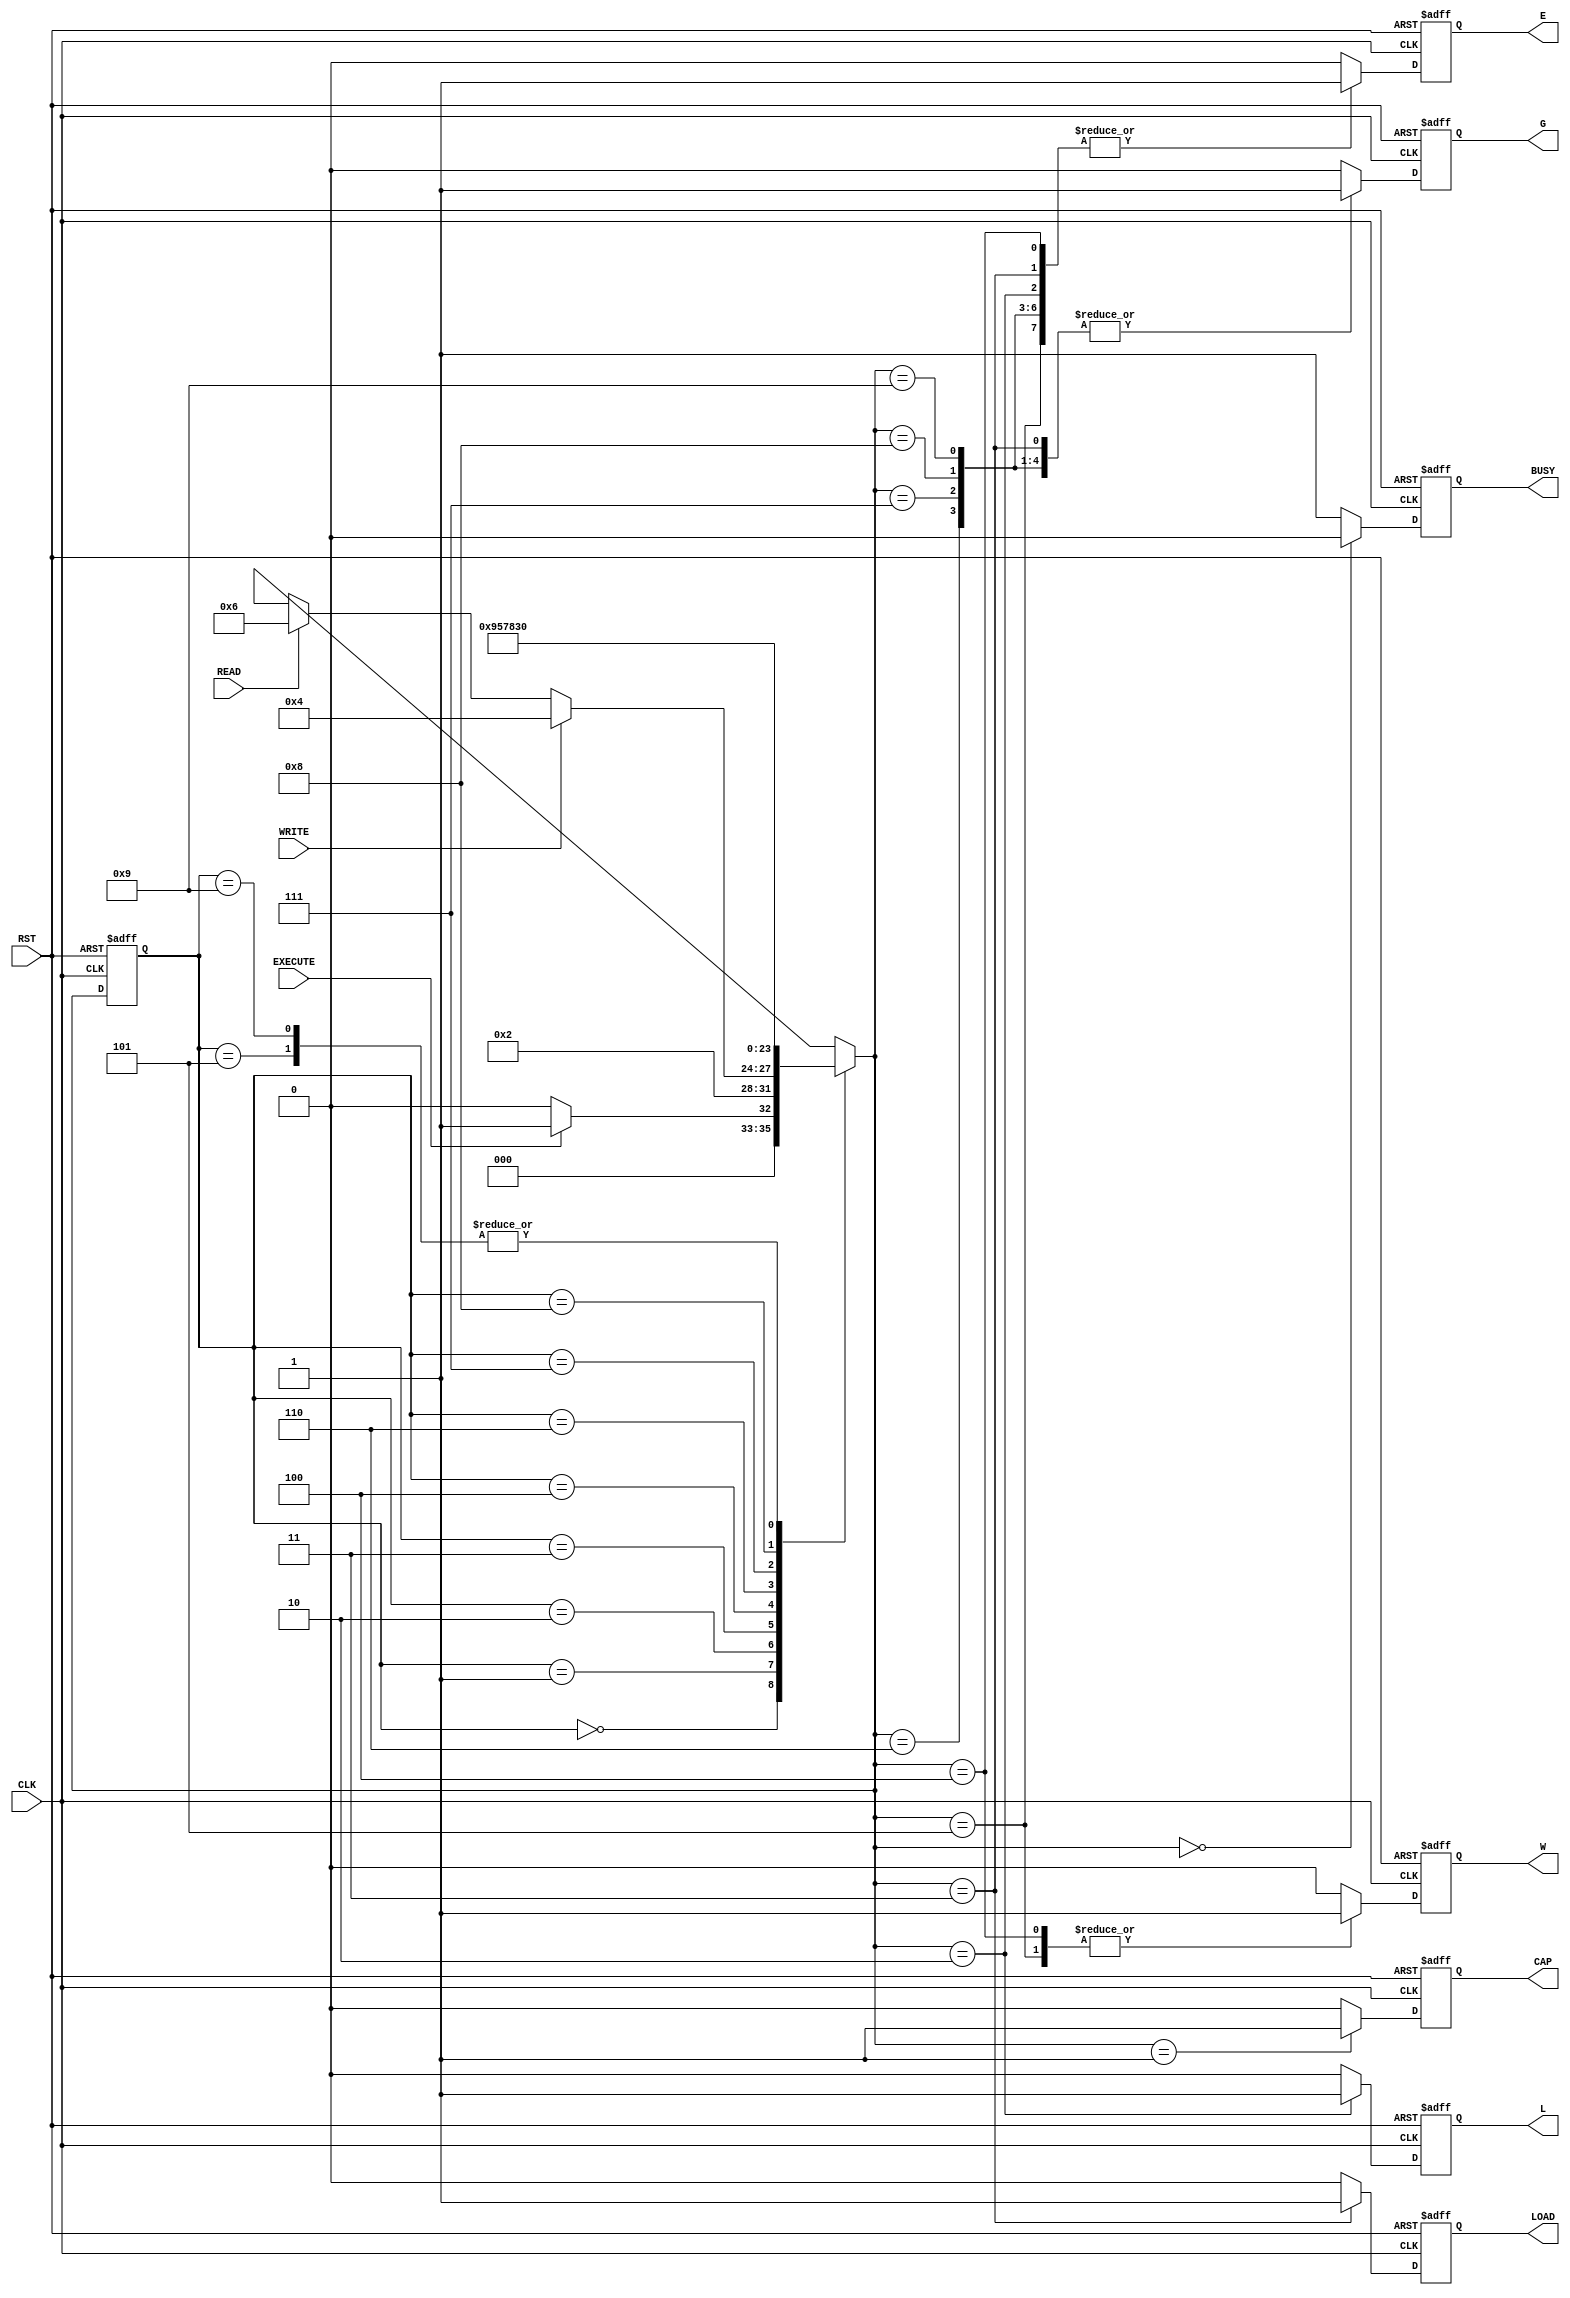

// Created by fizzim.pl version 4.41 on 2013:02:04 at 11:26:10 (www.fizzim.com)

module BPI_intrf_FSM (
  output reg BUSY,
  output reg CAP,
  output reg E,
  output reg G,
  output reg L,
  output reg LOAD,
  output reg W,
  input CLK,
  input EXECUTE,
  input READ,
  input RST,
  input WRITE 
);
  
  // state bits
  parameter 
  Standby    = 4'b0000, 
  Capture    = 4'b0001, 
  Latch_Addr = 4'b0010, 
  Load       = 4'b0011, 
  WE1        = 4'b0100, 
  WE2        = 4'b0101, 
  Wait1      = 4'b0110, 
  Wait2      = 4'b0111, 
  Wait3      = 4'b1000, 
  Wait4      = 4'b1001; 
  
  reg [3:0] state;
  reg [3:0] nextstate;
  
  // comb always block
  always @* begin
    nextstate = 4'bxxxx; // default to x because default_state_is_x is set
    case (state)
      Standby   : if      (EXECUTE)  nextstate = Capture;
                  else               nextstate = Standby;
      Capture   :                    nextstate = Latch_Addr;
      Latch_Addr: if      (WRITE)    nextstate = WE1;
                  else if (READ)     nextstate = Wait1;
      Load      :                    nextstate = Wait4;
      WE1       :                    nextstate = WE2;
      WE2       :                    nextstate = Standby;
      Wait1     :                    nextstate = Wait2;
      Wait2     :                    nextstate = Wait3;
      Wait3     :                    nextstate = Load;
      Wait4     :                    nextstate = Standby;
    endcase
  end
  
  // Assign reg'd outputs to state bits
  
  // sequential always block
  always @(posedge CLK or posedge RST) begin
    if (RST)
      state <= Standby;
    else
      state <= nextstate;
  end
  
  // datapath sequential always block
  always @(posedge CLK or posedge RST) begin
    if (RST) begin
      BUSY <= 0;
      CAP <= 0;
      E <= 0;
      G <= 0;
      L <= 0;
      LOAD <= 0;
      W <= 0;
    end
    else begin
      BUSY <= 1; // default
      CAP <= 0; // default
      E <= 0; // default
      G <= 0; // default
      L <= 0; // default
      LOAD <= 0; // default
      W <= 0; // default
      case (nextstate)
        Standby   :        BUSY <= 0;
        Capture   :        CAP <= 1;
        Latch_Addr: begin
                           E <= 1;
                           L <= 1;
        end
        Load      : begin
                           E <= 1;
                           G <= 1;
                           LOAD <= 1;
        end
        WE1       : begin
                           E <= 1;
                           W <= 1;
        end
        WE2       : begin
                           E <= 1;
                           W <= 1;
        end
        Wait1     : begin
                           E <= 1;
                           G <= 1;
        end
        Wait2     : begin
                           E <= 1;
                           G <= 1;
        end
        Wait3     : begin
                           E <= 1;
                           G <= 1;
        end
        Wait4     : begin
                           E <= 1;
                           G <= 1;
        end
      endcase
    end
  end
  
  // This code allows you to see state names in simulation
  `ifndef SYNTHESIS
  reg [79:0] statename;
  always @* begin
    case (state)
      Standby   : statename = "Standby";
      Capture   : statename = "Capture";
      Latch_Addr: statename = "Latch_Addr";
      Load      : statename = "Load";
      WE1       : statename = "WE1";
      WE2       : statename = "WE2";
      Wait1     : statename = "Wait1";
      Wait2     : statename = "Wait2";
      Wait3     : statename = "Wait3";
      Wait4     : statename = "Wait4";
      default   : statename = "XXXXXXXXXX";
    endcase
  end
  `endif

endmodule